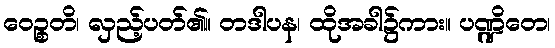
ဝေဉ္စတိ၊ လှည့်ပတ်၏။ တဒါပန၊ ထိုအခါ၌ကား။ ပဏ္ဍိတေ၊